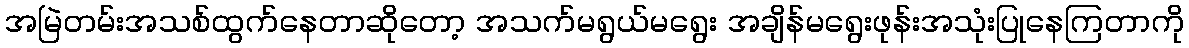
အမြဲတမ်းအသစ်ထွက်နေတာဆိုတော့ အသက်မရွယ်မရွေး အချိန်မရွေးဖုန်းအသုံးပြုနေကြတာကို